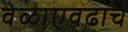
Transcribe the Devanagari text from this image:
वेळाएवढाच